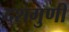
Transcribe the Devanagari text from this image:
दशगुणी